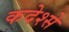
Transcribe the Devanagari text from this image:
कदेश्से